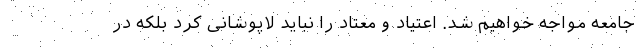
جامعه مواجه خواهیم شد. اعتیاد و معتاد را نباید لاپوشانی کرد بلکه در